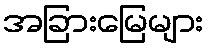
အခြားမြေများ